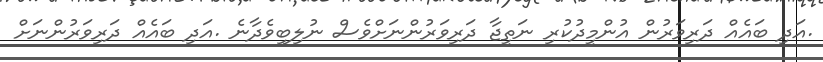
.އަދި ބައެއް ދަރިވަރުން އުންމީދުކުރި ނަތީޖާ ދަރިވަރުންނަށްވެސް ނުލިބިވެދާނެ .އަދި ބައެއް ދަރިވަރުންނަށް